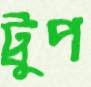
ট্রুপ